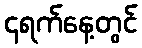
၄ရက်နေ့တွင်